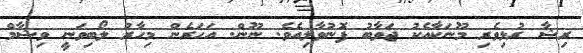
ރިޝާ ރުޅިވެރި މޫނަކާއެކު ޖަވާބު ފޮނުވާލިއެވެ. ނޫން. އަހަރެން މިހާރު ލޯބިވަނީ ވިޝާމް